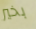
بخير